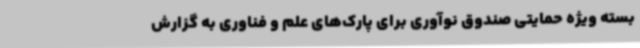
بسته ویژه حمایتی صندوق نوآوری برای پارک‌های علم و فناوری به گزارش